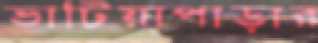
ভাটিয়াপাড়ার